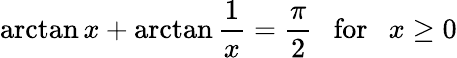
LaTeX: \arctan{x}+\arctan\frac{1}{x}=\frac{\pi}{2}~~~\mathrm{for}~~~x\ge 0